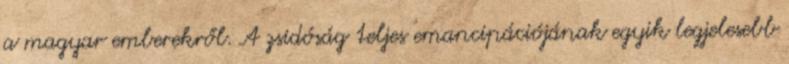
a magyar emberekről. A zsidóság teljes emancipációjának egyik legjelesebb